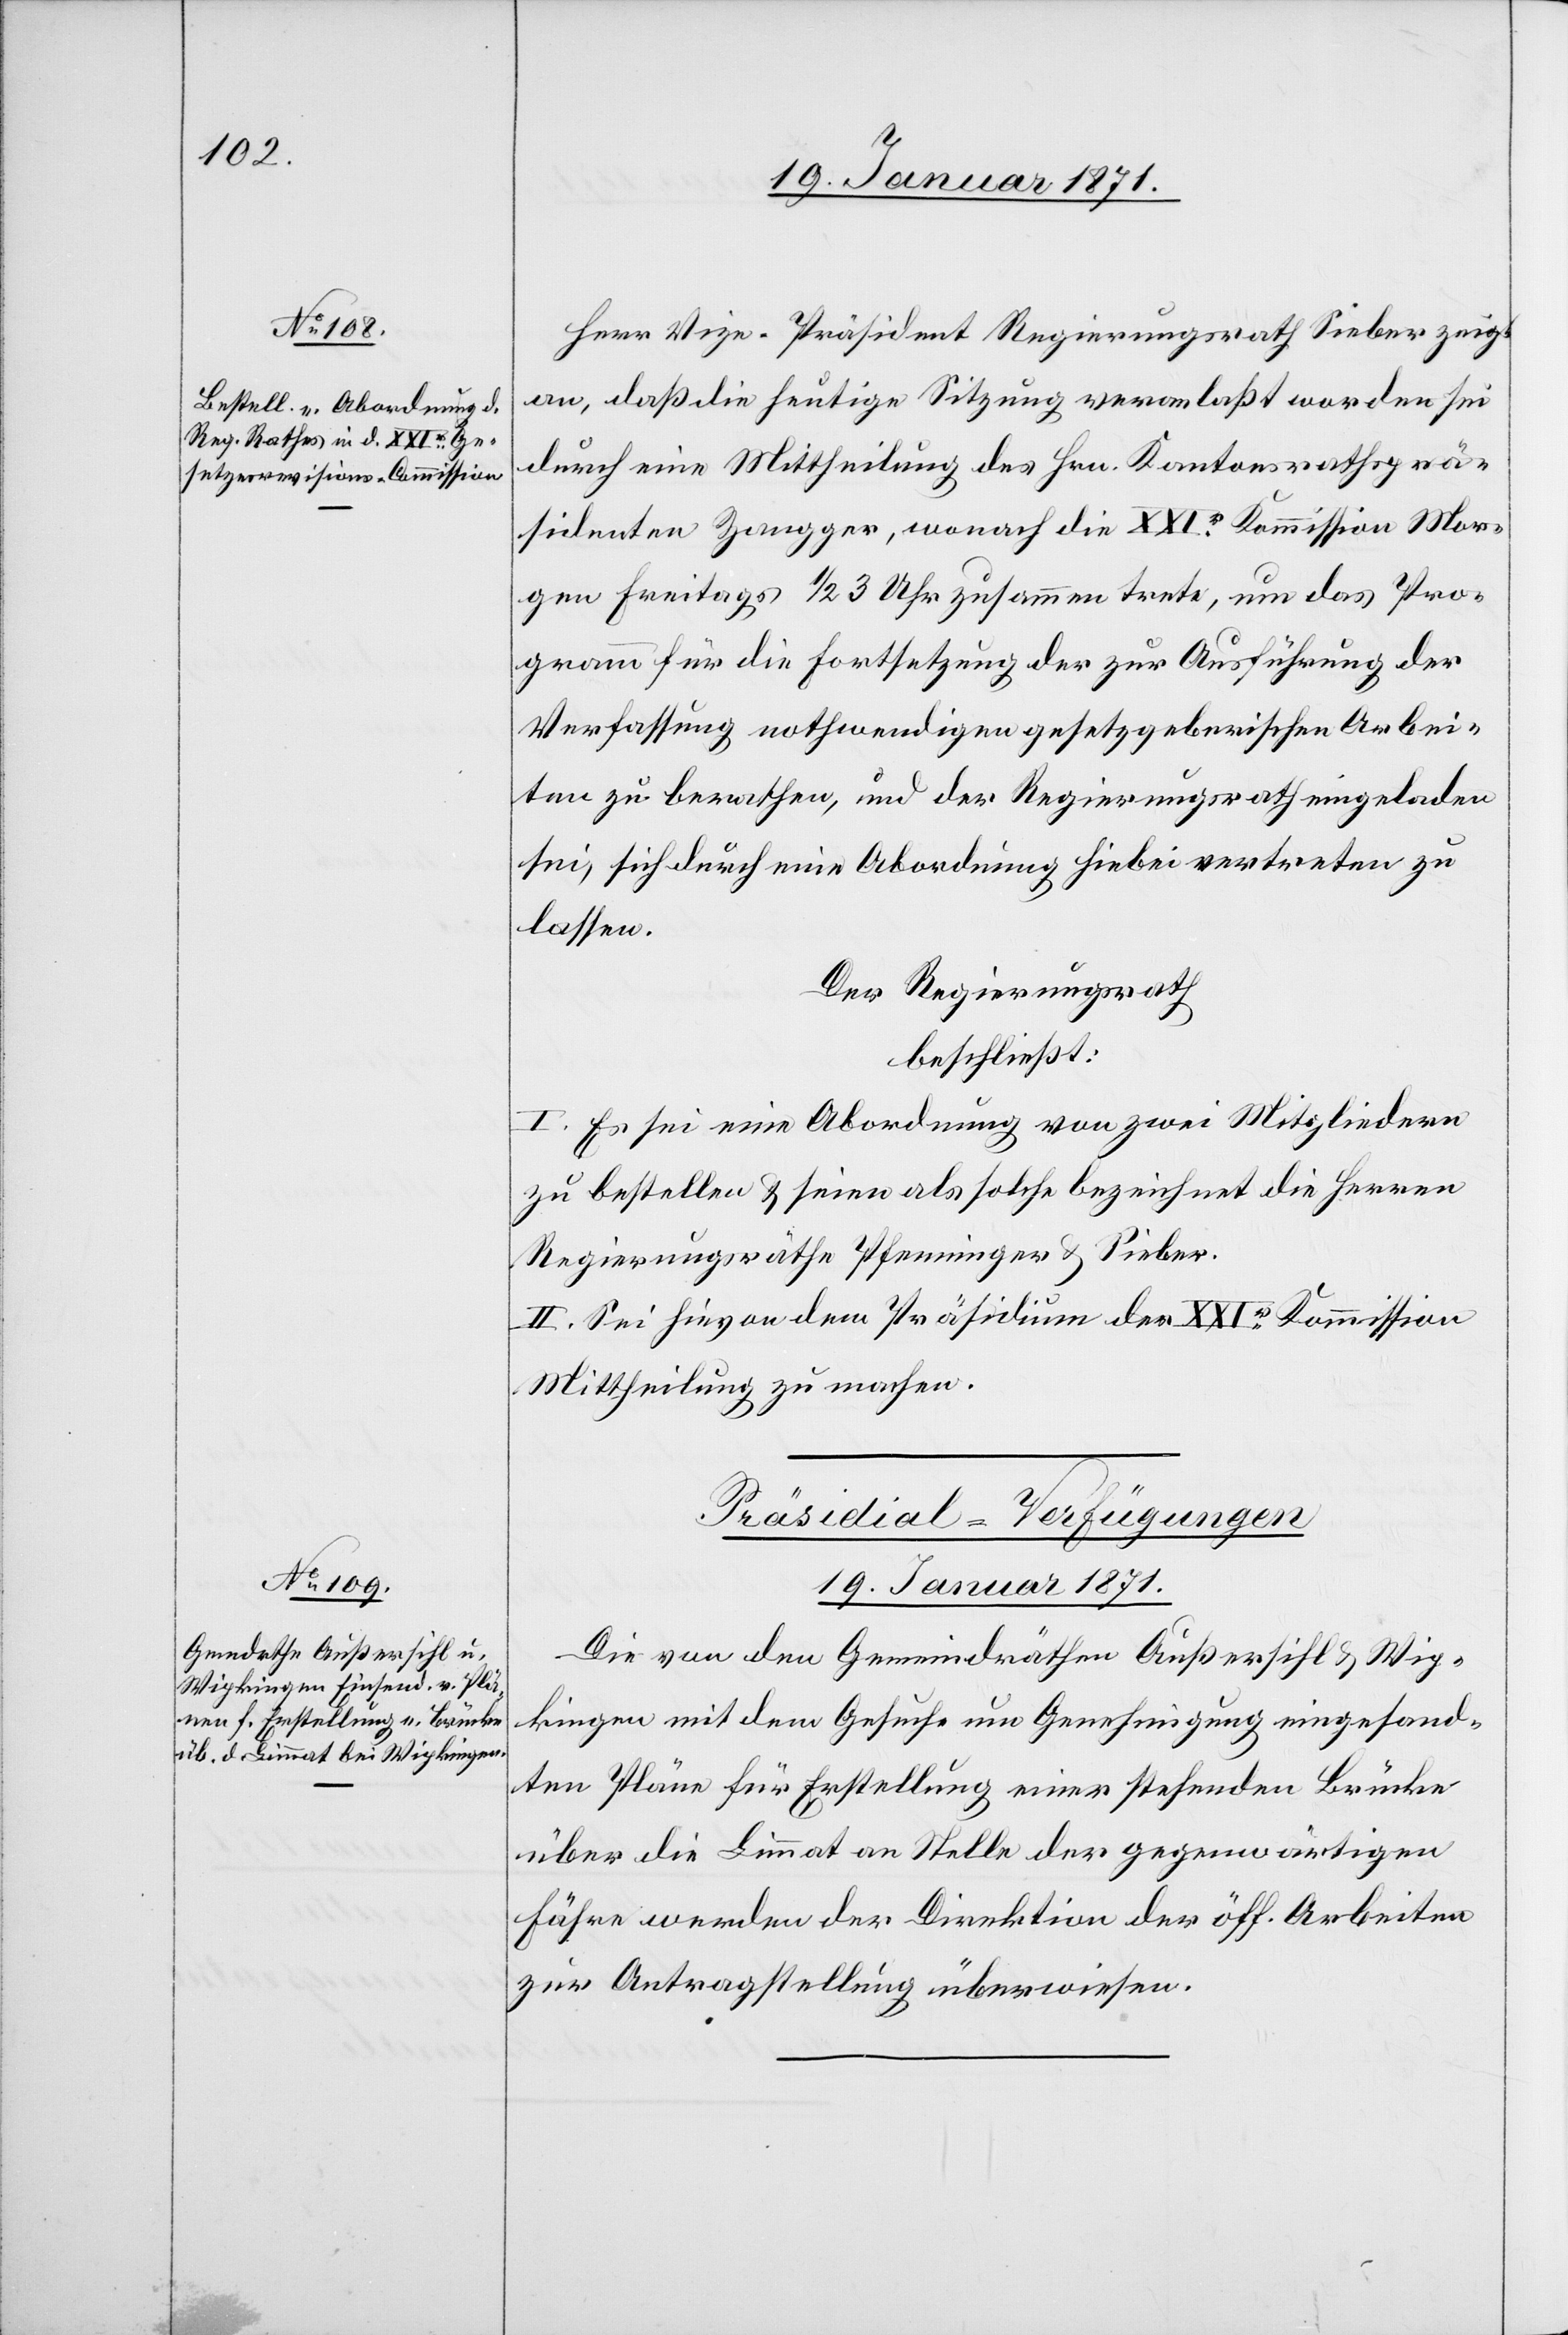
Herr Vize-Präsident Regierungsrath Sieber zeigt
an, daß die heutige Sitzung veranlaßt worden sei
durch eine Mittheilung des Hrn. Kantonsrathsprä¬
sidenten Zangger, wonach die XXIr. Kommission Mor¬
gen Freitag ½ 3 Uhr zusammen trete, um das Pro¬
gramm für die Fortsetzung der zur Ausführung der
Verfassung nothwendigen gesetzgeberischen Arbei¬
ten zu berathen, und der Regierungsrath eingeladen
sei, sich durch eine Abordnung hiebei vertreten zu
lassen.
Der Regierungsrath
beschließt:
I. Es sei eine Abordnung von zwei Mitgliedern
zu bestellen u. seien als solche bezeichnet die Herren
Regierungsräthe Pfenninger u. Sieber.
II. Sei hievon dem Präsidium der XXIr. Kommission
Mittheilung zu machen.
Präsidial-Verfügungen
19. Januar 1871.
Die von den Gemeindräthen Außersihl u. Wip¬
kingen mit dem Gesuche um Genehmigung eingesand¬
ten Pläne für Erstellung einer stehenden Brücke
über die Limmat an Stelle der gegenwärtigen
Fähre werden der Direktion der öff. Arbeiten
zur Antragstellung überwiesen.